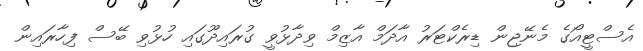
އެސްޓީއޯގެ މެނޭޖިން ޑިރެކްޓަރު އާދަމް އާޒިމް ވިދާޅުވީ ގުރައިދޫގައި ހުޅުވި ބޭސް ފިހާރައިން